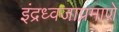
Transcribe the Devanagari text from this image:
इंद्रध्वजाप्रमाणे